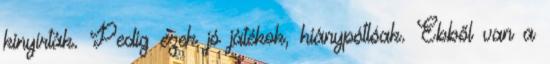
kinyírták. Pedig ezek jó játékok, hiánypótlóak. Ebből van a